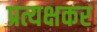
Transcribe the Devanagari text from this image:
प्रत्यक्षकर